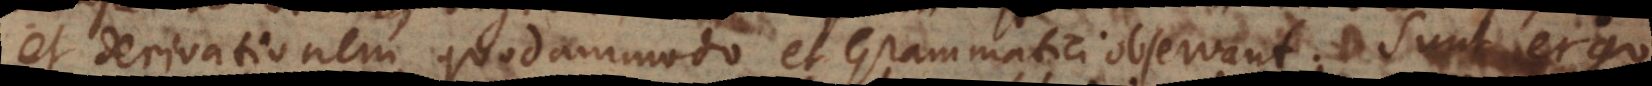
at in quodammodo et Grammatici observant. Sunt ergo